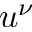
u ^ { \nu }